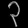
Digit: ၃